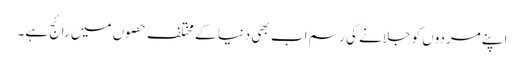
اپنے مردوں کو جلانے کی رسم اب بھی دنیا کے مختلف حصوں میں رائج ہے۔